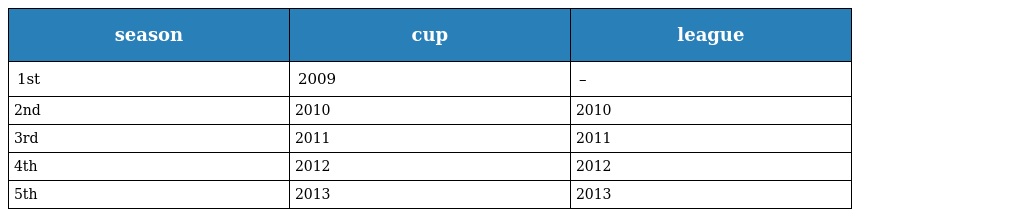
| season | cup | league |
 | --- | --- | --- |
 | 1st | 2009 | – |
 | 2nd | 2010 | 2010 |
 | 3rd | 2011 | 2011 |
 | 4th | 2012 | 2012 |
 | 5th | 2013 | 2013 |